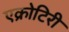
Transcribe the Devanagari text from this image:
एक्रोटिरी